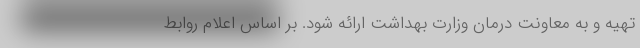
تهیه و به معاونت درمان وزارت بهداشت ارائه شود. بر اساس اعلام روابط